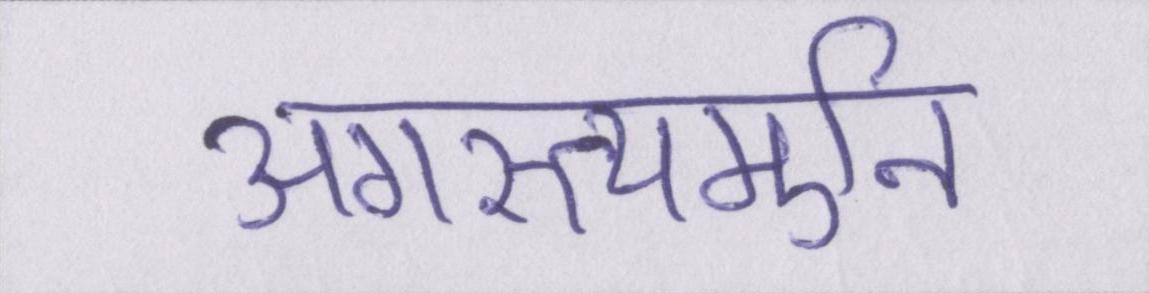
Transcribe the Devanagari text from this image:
अगस्त्यमुनि